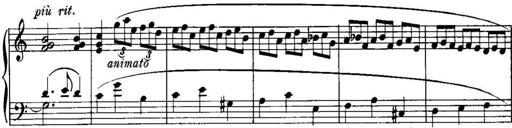
Title: Piano Sonatina No.1, Op.146
Composer: Stephen Heller